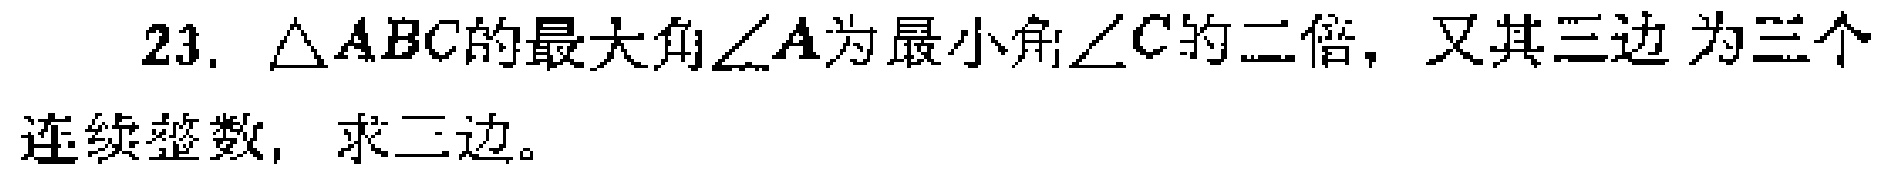
23. $\triangle ABC$的最大角$\angle A$为最小角$\angle C$的二倍，又其三边为三个
连续整数，求三边。